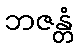
ဘဇန္တံ